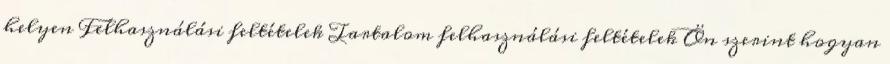
helyen Felhasználási feltételek Tartalom felhasználási feltételek Ön szerint hogyan